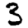
Digit: 3